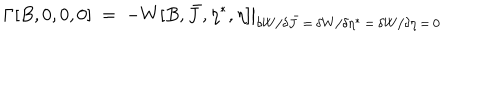
\Gamma [ B , 0 , 0 , 0 ] \ = \ \left. - W [ B , \bar { J } , \eta ^ { \ast } , \eta ] \right| _ { \delta W / \delta \bar { J } \, = \, \delta W / \delta \eta ^ { \ast } \, = \, \delta W / \delta \eta \, = \, 0 }